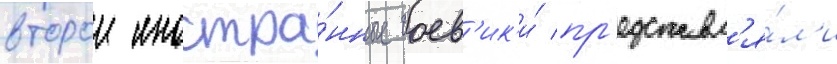
второи иностра́нные боев'ик'и́ пр'едставл'я́л'и